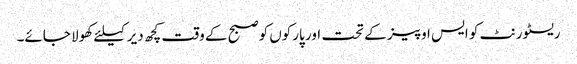
ریسٹورنٹ کو ایس او پیز کے تحت اور پارکوں کوصبح کے وقت کچھ دیر کیلئے کھولا جائے۔